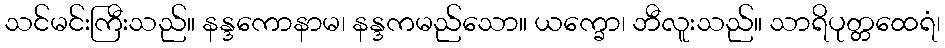
သင်မင်းကြီးသည်။ နန္ဒကောနာမ၊ နန္ဒကမည်သော။ ယက္ခော၊ ဘီလူးသည်။ သာရိပုတ္တထေရံ၊